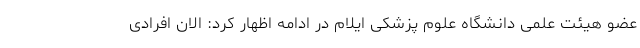
عضو هیئت علمی دانشگاه علوم پزشکی ایلام در ادامه اظهار کرد: الان افرادی